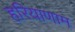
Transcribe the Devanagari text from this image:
हरियाणाम